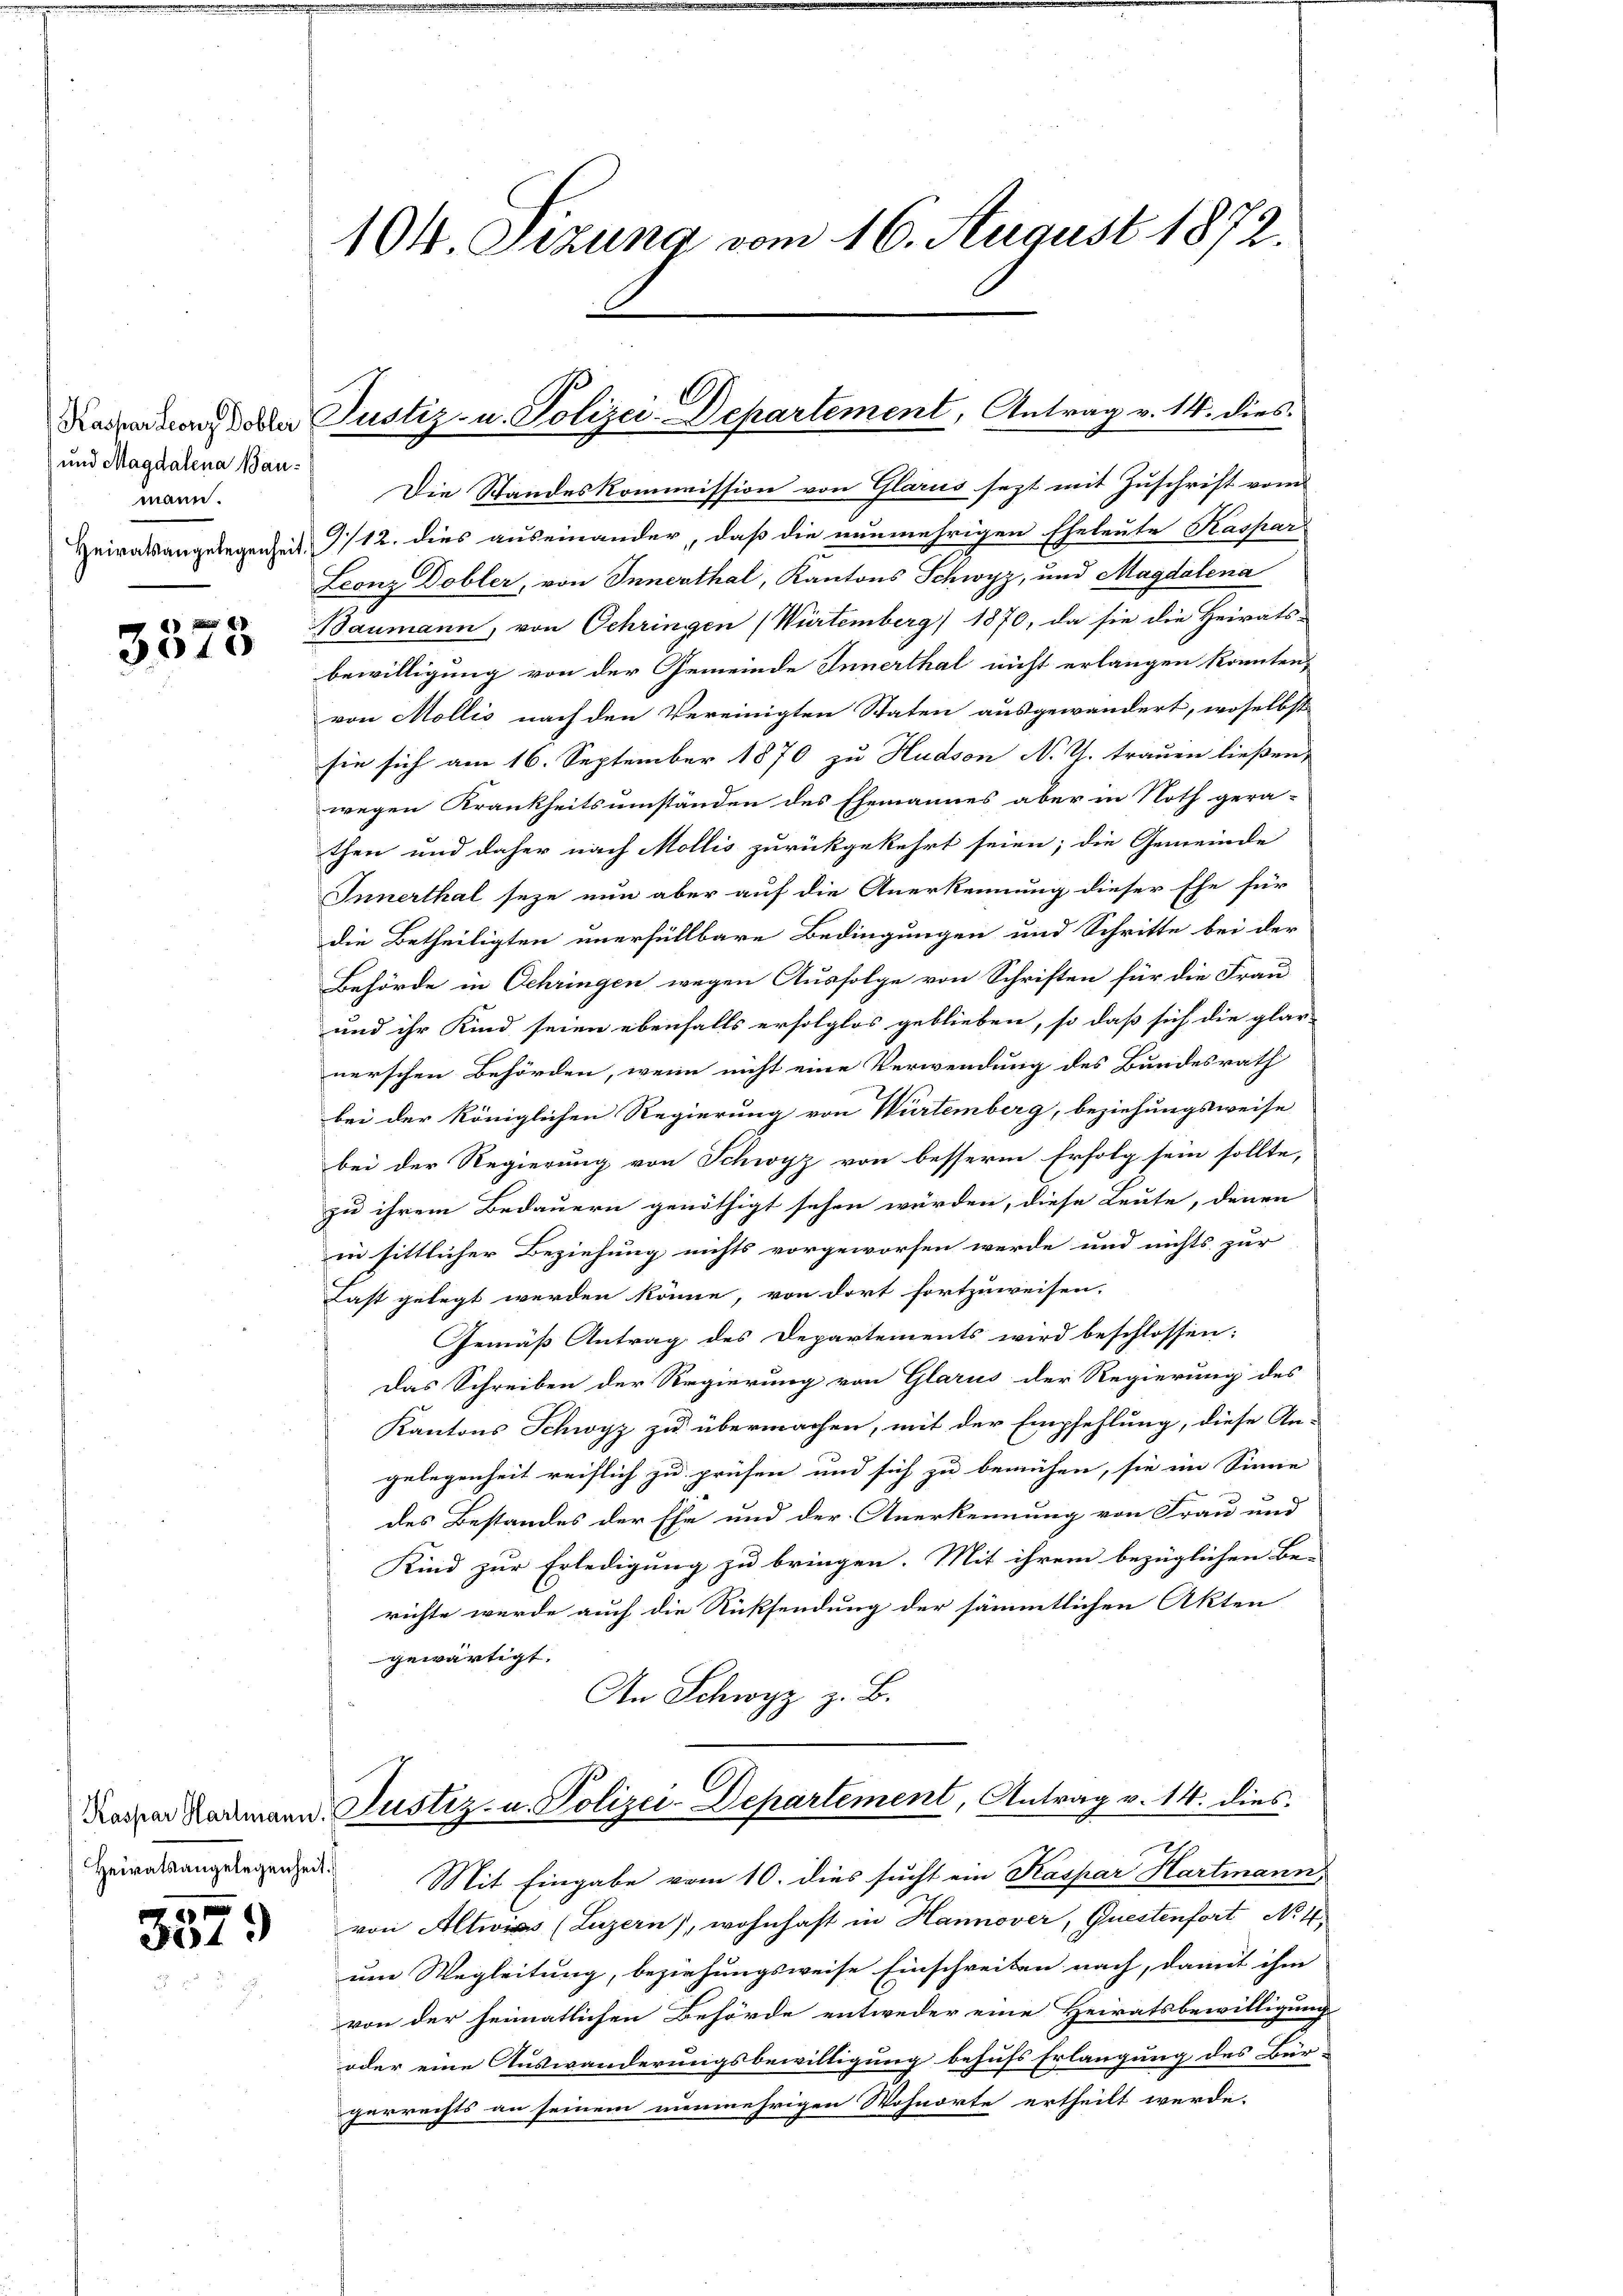
und Magdalena Baumann.

3375

3379)

104. Sizung vom 16. August 1872.

Die Standeskommission von Glarus sezt mit Zuschrift vom
eiratsangelegenheit 1/12. dies auseinander, daß die nunmehrigen Eheleute Kaspar
Leonz Dobler, von Innerthal, Kantons Schwyz, und Magdalena
Baumann, von Schringen (Würtemberg) 1870, da sie die Heirats-
bewilligung von der Gemeinde Innerthal nicht erlangen könnten,
von Mollis nach den Vereinigten Staten ausgewandert, woselbst
sie sich am 16. September 1870 zu Hudson No 2. trauen ließen,
wegen Krankheitsumständen des Ehemannes aber in Noth gera-
then und daher nach Mollis zurückgekehrt seien; die Gemeinde
Innerthal seze nun aber auf die Anerkennung dieser Ehe für
die Betheiligten unerfüllbare Bedingungen und Schritte bei der
Behörde in Schringen wegen Ausfolge von Schriften für die Frau
und ihr Kind seien ebenfalls erfolglos geblieben, so daß sich die glar-
nerschen Behörden, wenn nicht eine Verwendung des Bundesrath
bei der königlichen Regierung von Würtemberg, beziehungsweise
bei der Regierung von Schwyz von besserm Erfolg sein sollte,
zu ihrem Bedauern genöthigt sehen würden, diese Leute, denen
in sittlicher Beziehung nichts vorgeworfen werde und nichts zur
Last gelegt werden könne, von dort fortzuweisen.
Gemäß Antrag des Departements wird beschlossen:
Das Schreiben der Regierung von Glarus der Regierung des
Kantons Schwyz zu übermachen, mit der Empfehlung, diese An-
gelegenheit reiflich zu prüfen und sich zu bemühen, sie im Sinne
des Bestandes der Ehe und der Anerkennung von Frau und
Kind zur Erledigung zu bringen. Mit ihrem bezüglichen Be-
richte wurde auch die Rücksendung der sämmtlichen Akten
gewärtigt.
An Schwyz z. B.
Darrer Normann. Justiz- u. Polizei-Departement, Antrag v. 14. dies
Airatsangelegenzen Mit Eingabe vom 10. dies sucht ein Kaspar Hartmann
von Altwis (Luzern), wohnhaft in Hannover, Questenfort No 4
um Wegleitung, beziehungsweise Einschreiten nach, damit ihm
von der heimatlichen Behörde entweder eine Heiratsbewilligung
oder eine Auswanderungsbewilligung behufs Erlangung des Bür-
perrechts an seinem nunmehrigen Wohnorte ertheilt werde.

Kasparuand den Justiz- u. Polizei-Departement, Antrag v. 14. dies